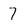
Character: 7